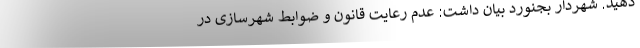
دهید. شهردار بجنورد بیان داشت: عدم رعایت قانون و ضوابط شهرسازی در